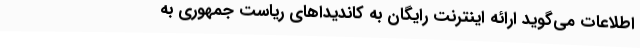
اطلاعات می‌گوید ارائه اینترنت رایگان به کاندیداهای ریاست جمهوری به